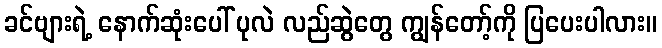
ခင်ဗျားရဲ့ နောက်ဆုံးပေါ် ပုလဲ လည်ဆွဲတွေ ကျွန်တော့်ကို ပြပေးပါလား။